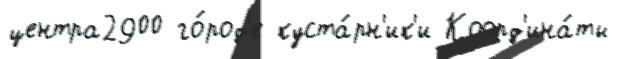
центра2900 го́род'е куста́рн'ик'и Коорд'ина́ты